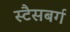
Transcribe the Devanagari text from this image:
स्टैसबर्ग